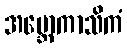
အဗ္ဘောကာသိကံ